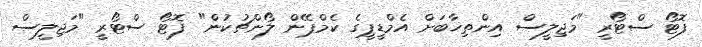
ފޮޓޯ ސްޓޯރީ "މަޖިލީސް އިންތިޚާބަށް އެމްޑީޕީގެ ކެމްޕޭން ލޯންޗުކުން" ފޮޓޯ ސްޓޯރީ "މަޖިލީސް